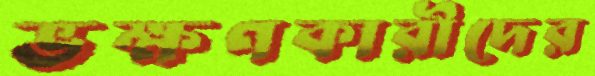
ভক্ষণকারীদের